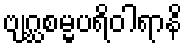
ဗျဂ္ဃစမ္မပရိဝါရာနိ